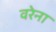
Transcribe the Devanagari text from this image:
वरेना